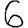
Digit: 6